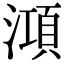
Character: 澒